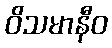
ဝိသမာနီဝ